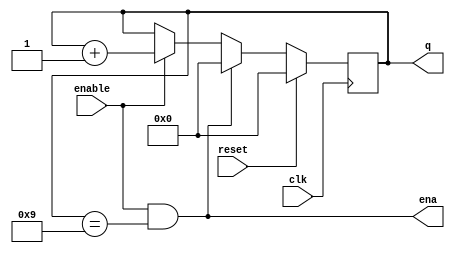
// decade counter that counts from 0 to 9 inclusive, with a period of 10
// now with both enable input and output for rolling over, incrementing a higher digit place

module decade_counter_ena (
    input clk,
    input reset,
    input enable,
    output reg [3:0] q,
    output ena);

    always @(posedge clk) begin
        if (reset)	// Count to 10 requires rolling over 9->0 instead of the more natural 15->0
            q <= 0;
        else if (enable & (q == 9))
            q <= 0;
        else if (enable)
            q <= q + 1;
    end

    assign ena = enable & (q==9);

endmodule